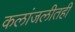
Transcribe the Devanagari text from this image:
कलांजलीतही